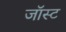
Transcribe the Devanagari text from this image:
जॉस्ट